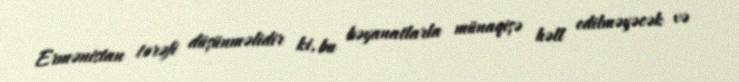
Ermənistan tərəfi düşünməlidir ki, bu bəyanatlarla münaqişə həll edilməyəcək və